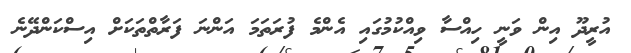
އުރީދޫ އިން ވަނީ ހިއްސާ ވިއްކުމުގައި އެންމެ ފުރަތަމަ އަންނަ ފަރާތްތަކަށް އިސްކަންދޭނެ